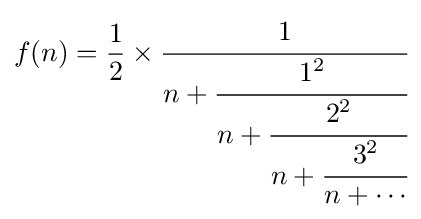
f(n)={\frac {1}{2}}\times {\cfrac {1}{n+{\cfrac {1^{2}}{n+{\cfrac {2^{2}}{n+{\cfrac {3^{2}}{n+\cdots }}}}}}}}